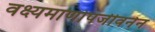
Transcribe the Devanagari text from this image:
वक्ष्यमाणोपजीवनेन